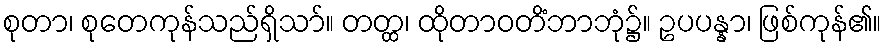
စုတာ၊ စုတေကုန်သည်ရှိသာ်။ တတ္ထ၊ ထိုတာဝတိံဘာဘုံ၌။ ဥပပန္နာ၊ ဖြစ်ကုန်၏။